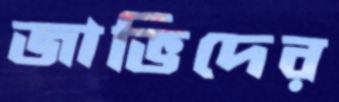
জাভিদের